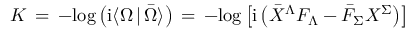
{ \cal K } \, = \, - \mathrm { l o g } \left( \mathrm { i } \langle \Omega \, \vert \, \bar { \Omega } \rangle \right) \, = \, - \mathrm { l o g } \left[ \mathrm { i } \left( { \bar { X } } ^ { \Lambda } F _ { \Lambda } - { \bar { F } } _ { \Sigma } X ^ { \Sigma } \right) \right]